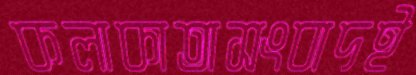
কলাকাতাসংবাদই